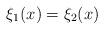
LaTeX: \begin{align*} \xi_{1}(x)=\xi_{2}(x)\end{align*}